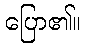
ပြော၏။